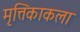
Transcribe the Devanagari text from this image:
मृत्तिकाकला